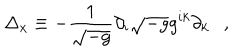
LaTeX: \Delta _ { x } \equiv - { \frac { 1 } { \sqrt { - g } } } \partial _ { i } \sqrt { - g } g ^ { i k } \partial _ { k } ,